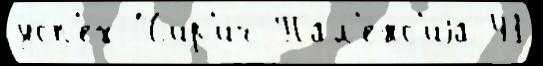
усп'е́х Чир'ич Пал'енс'иjа 41